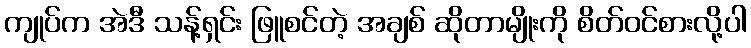
ကျုပ်က အဲဒီ သန့်ရှင်း ဖြူစင်တဲ့ အချစ် ဆိုတာမျိုးကို စိတ်ဝင်စားလို့ပါ